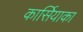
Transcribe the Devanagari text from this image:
कार्सियाका